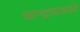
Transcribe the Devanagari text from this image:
चान्द्रायणादि